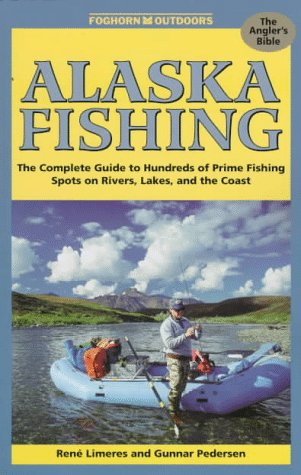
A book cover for Foghorn Outdoors : Alaska Fishing; Rene Limeres; Travel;